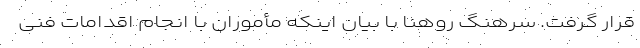
قرار گرفت. سرهنگ روهنا با بیان اینکه مأموران با انجام اقدامات فنی